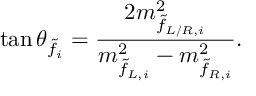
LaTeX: \tan \theta _ { \tilde { f } _ { i } } = \frac { 2 m _ { \tilde { f } _ { L / R , i } } ^ { 2 } } { m _ { \tilde { f } _ { L , i } } ^ { 2 } - m _ { \tilde { f } _ { R , i } } ^ { 2 } } .